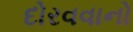
દોરવવાનો